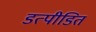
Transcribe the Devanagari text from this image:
डत्पीडित